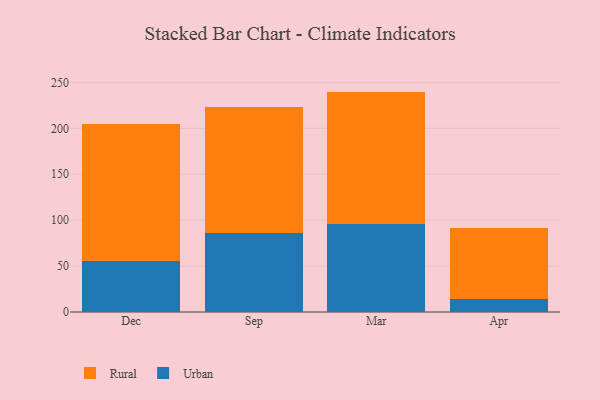
{"axis": {"x": "Month", "y": "Population (Million)"}, "legend": ["Rural", "Urban"], "data": [{"x": "Dec", "y": 56.0, "type": "Urban"}, {"x": "Dec", "y": 148.7, "type": "Rural"}, {"x": "Sep", "y": 85.8, "type": "Urban"}, {"x": "Sep", "y": 137.9, "type": "Rural"}, {"x": "Mar", "y": 95.6, "type": "Urban"}, {"x": "Mar", "y": 144.4, "type": "Rural"}, {"x": "Apr", "y": 14.7, "type": "Urban"}, {"x": "Apr", "y": 76.3, "type": "Rural"}]}